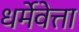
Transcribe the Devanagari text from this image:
धर्मेवेत्ता